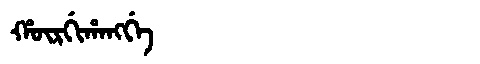
Manchu: ᡥᡡᡵᡤᡳᡥᠠᠩᡤᡝ
Romanization: HŪRGIHANGGE